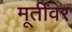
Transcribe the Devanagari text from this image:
मूर्तींवर